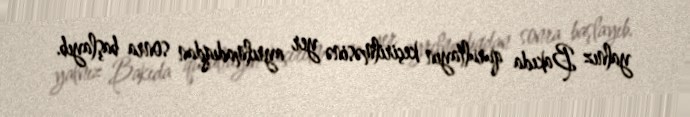
yalnız Bakıda qurultayın keçirilməsinə yer ayrılmadıqdan sonra başlayıb.